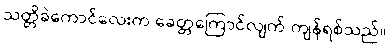
သတ္တိခဲကောင်လေးက ခေတ္တကြောင်လျက် ကျန်ရစ်သည်။